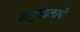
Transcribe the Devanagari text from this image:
वायुमंडलाची